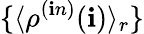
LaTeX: \{ \langle\rho^{(\mathbf{i}n)}(\mathbf{i})\rangle_{r}\}